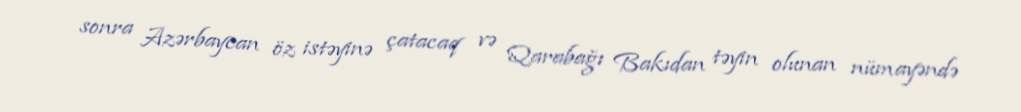
sonra Azərbaycan öz istəyinə çatacaq və Qarabağı Bakıdan təyin olunan nümayəndə